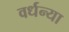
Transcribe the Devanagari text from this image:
वर्धन्या